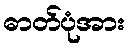
ဓာတ်ပုံအား